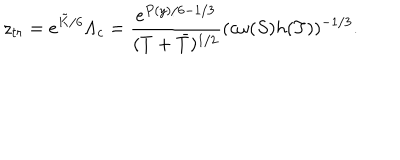
LaTeX: z _ { t r } = e ^ { \tilde { K } / 6 } \Lambda _ { c } = \frac { e ^ { P ( y ) / 6 - 1 / 3 } } { ( T + \bar { T } ) ^ { 1 / 2 } } ( c \omega ( S ) h ( T ) ) ^ { - 1 / 3 } .